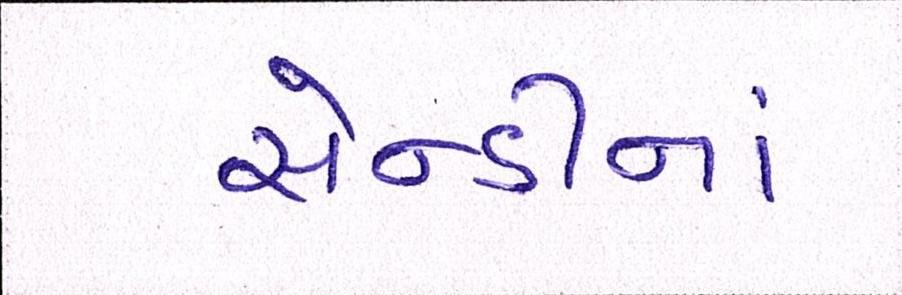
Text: સેન્ડીનાં